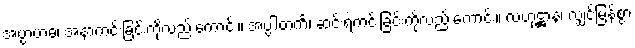
အပ္ပာဗာဓံ၊ အနာကင်းခြင်းကိုလည်းကောင်း။ အပ္ပါတင်္ကံ၊ ဆင်းရဲကင်းခြင်းကိုလည်းကောင်း။ လဟုဋ္ဌာနံ၊ လျှင်မြန်စွာ